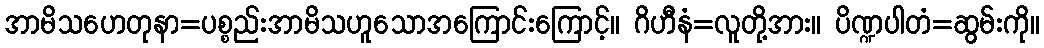
အာမိသဟေတုနာ=ပစ္စည်းအာမိသဟူသောအကြောင်းကြောင့်။ ဂိဟီနံ=လူတို့အား။ ပိဏ္ဍပါတံ=ဆွမ်းကို။